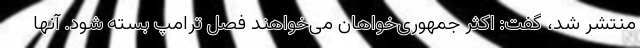
منتشر شد، گفت: اکثر جمهوری‌خواهان می‌خواهند فصل ترامپ بسته شود. آنها